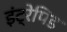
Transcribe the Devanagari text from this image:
इंट्रेपिड